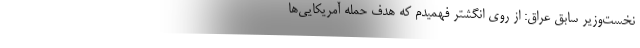
نخست‌وزیر سابق عراق: از روی انگشتر فهمیدم که هدف حمله آمریکایی‌ها